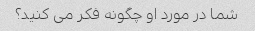
شما در مورد او چگونه فکر می کنید؟